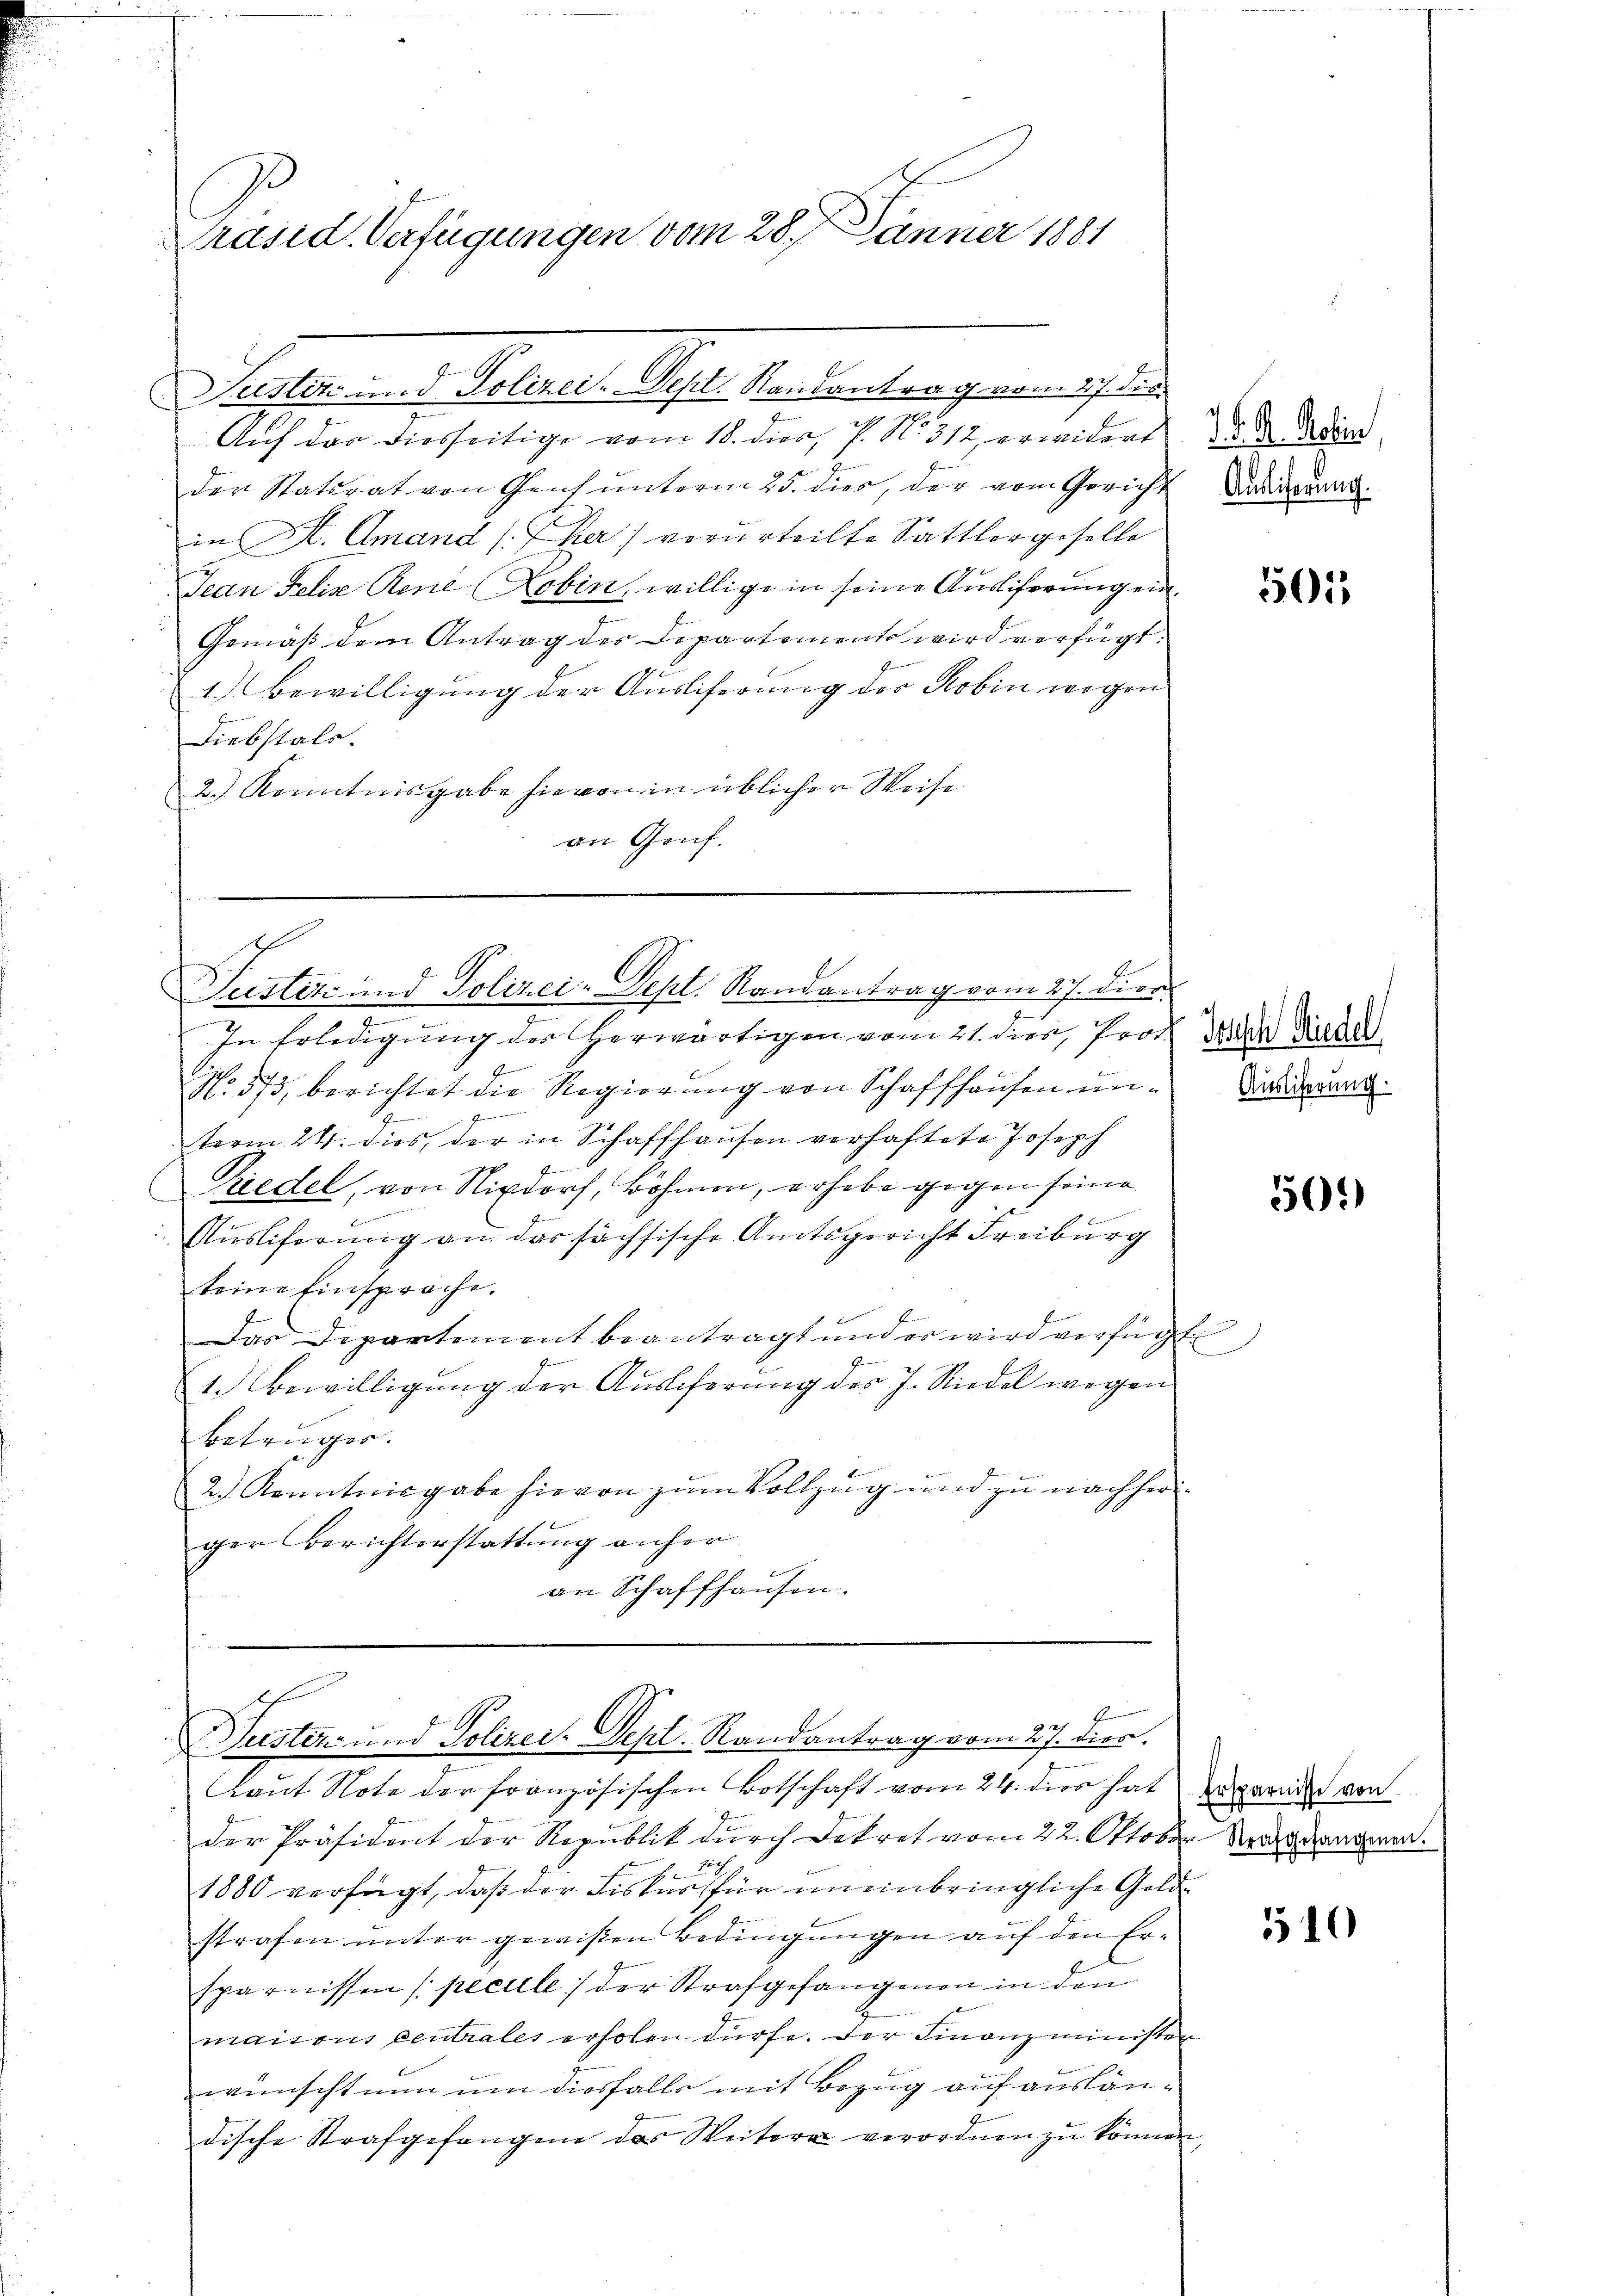
Präsid. Verfügungen vom 287. Jänner 1881

Auf das diesseitige vom 18. dies, P. N. 312, erwidert
der Statirat von Genf unterm 25. dies, der vom Gericht Kardauer
in A. Amand (der) verurteilte Sattlergeselle
Jean Felix Rene Lobin, willige in seine Ausliferung ein¬
Gemäß dem Antrag der Departements wird verfügt.
Ge
1. Bewilligung der Ausliferung der Robin wegen
Diebstals.
2.) Kenntnisgabe hievon in üblicher Weise
an Genf.

Justiz und Polizei-Dept. Randantrag vom 27. die

c
d
Justiz- und Polizei-Dept. Randantrag vom 27. Dier.

Susten- und Polizei-Dept. Randantrag vom 27. dies

J. K. G. Poli

.
In Erledigung der herwärtigen vom 21. dies, Prof. War diesel
No 573, berichtet die Regierung von Schaffhausen une
t
term 24. dies, der in Schaffhausen verhaftete Joseph
f
iedel, von Nixdorf, Böhmen, erhebe gegen seine
Ausliferung an das sächsische Amtsgericht Freiburg
keine Einsprache.
Das Departement beantragt und er wird verfügt
e
1. Bewilligung der Ausliferung des J. Riedel wegen
Betruges.
2.) Kenntnisgabe hievon zum Vollzug und zu nachheriger Berichterstattung anher
an Schaffhausen.

Laut Note der französischen Botschaft vom 24. dies hat
der Präsident der Republik durch Dekret vom 22. Oktober N.
s
b
1880 verfügt, daß der Fiskus für uneinbringliche Geldstrafen unter gewißen Bedingungen auf den Ersparnissen (pecule) der Strafgefangenen in den
maisons centrales erholen dürfe. Der Finanzminister
wünscht nun um diesfalls mit Bezug auf ausländische Strafgefangene des Weitere verordnen zu können,

501

Ausstiferung

50.)

Ersparnisse von

510